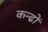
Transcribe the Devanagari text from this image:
कन्ढों